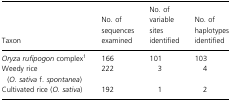
| Taxon | No. of sequences examined | No. of variable sites identified | No. of haplotypes identified |
 | --- | --- | --- | --- |
 | Oryza rufipogon complex1 | 166 | 101 | 103 |
 | Weedy rice (O. sativa f. spontanea) | 222 | 3 | 4 |
 | Cultivated rice (O. sativa) | 192 | 1 | 2 |